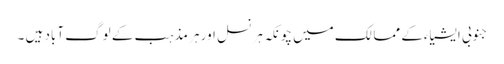
جنوبی ایشیاءکے ممالک میں چونکہ ہر نسل اور ہر مذہب کے لوگ آباد ہیں ۔